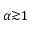
\alpha { \gtrsim } 1